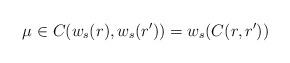
LaTeX: \begin{align*}\mu \in C(w_s(r),w_s(r')) = w_s(C(r,r'))\end{align*}